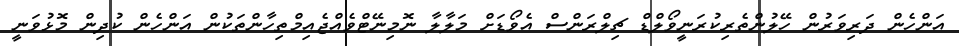
އަންހެން ދަރިވަރުން ހޭލުންތެރިކުރަނީވޯލްޑް ޗިލްރަންސް އެވޯޑަށް މަލާލާ ނޮމިނޭޓްވެއްޖެއިމްތިހާންތަކުން އަންހެން ކުދިން މޮޅުވަނީ